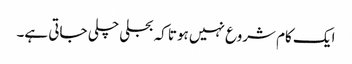
ایک کام شروع نہیں ہوتا کہ بجلی چلی جاتی ہے۔